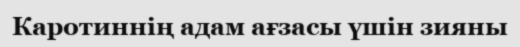
Каротиннің адам ағзасы үшін зияны